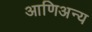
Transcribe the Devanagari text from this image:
आणिअन्य